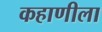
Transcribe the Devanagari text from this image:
कहाणीला